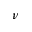
\nu